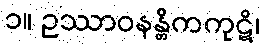
၁။ ဥဿာဝနန္တိကကုဋိ၊